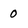
Character: 0